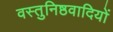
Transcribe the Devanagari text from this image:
वस्तुनिष्ठवादियों